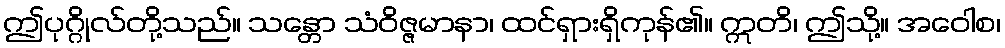
ဤပုဂ္ဂိုလ်တို့သည်။ သန္တော သံဝိဇ္ဇမာနာ၊ ထင်ရှားရှိကုန်၏။ ဣတိ၊ ဤသို့။ အဝေါစ၊